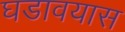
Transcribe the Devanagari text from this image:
घडावयास